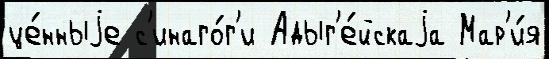
це́нныjе с'инаго́г'и Адыг'е́йскаjа Мар'и́я